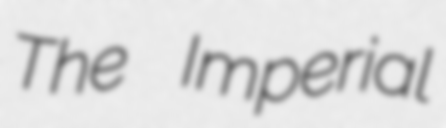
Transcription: The Imperial